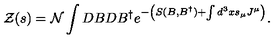
{ \cal Z } ( s ) = { \cal N } \int D B D B ^ { \dagger } e ^ { - \left( S ( B , B ^ { \dagger } ) + \int d ^ { 3 } x s _ { \mu } J ^ { \mu } \right) } .